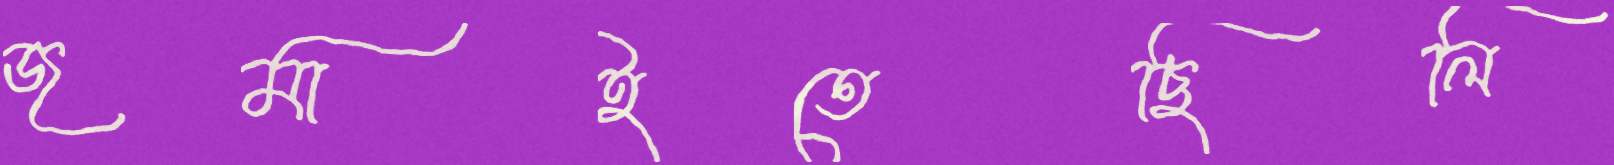
জমাইতেছিলি